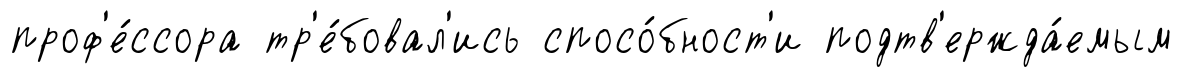
проф'е́ссора тр'е́бовал'ись спосо́бност'и подтв'ержда́емым